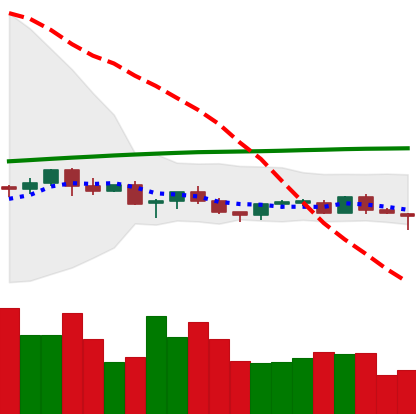
Ticker: TRX-USD
Chart end date: 2021-06-20
Forward return: -9.187%
Label: down_7plus